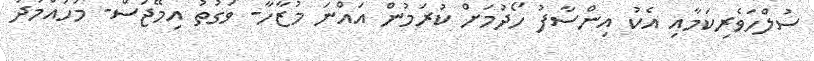
ސުލްހަވެރިކަމާއި އެކު އިންސާފު ހޯދުމަށް ކުރަމުން އައްނަ މުޒާހާ- ވަގުތު އިމޭޖަސް- މުހައްމަދު